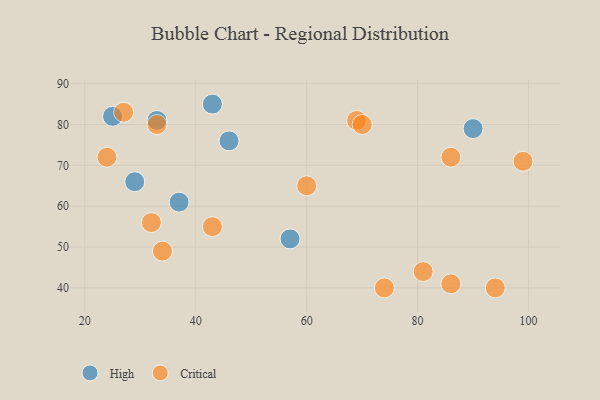
{"axis": {"x": "GDP", "y": "Life Expectancy"}, "legend": ["Critical", "High"], "data": [{"x": "90", "y": 79, "type": "High"}, {"x": "29", "y": 66, "type": "High"}, {"x": "25", "y": 82, "type": "High"}, {"x": "43", "y": 85, "type": "High"}, {"x": "57", "y": 52, "type": "High"}, {"x": "33", "y": 81, "type": "High"}, {"x": "37", "y": 61, "type": "High"}, {"x": "46", "y": 76, "type": "High"}, {"x": "81", "y": 44, "type": "Critical"}, {"x": "33", "y": 80, "type": "Critical"}, {"x": "32", "y": 56, "type": "Critical"}, {"x": "60", "y": 65, "type": "Critical"}, {"x": "24", "y": 72, "type": "Critical"}, {"x": "34", "y": 49, "type": "Critical"}, {"x": "69", "y": 81, "type": "Critical"}, {"x": "70", "y": 80, "type": "Critical"}, {"x": "74", "y": 40, "type": "Critical"}, {"x": "43", "y": 55, "type": "Critical"}, {"x": "86", "y": 41, "type": "Critical"}, {"x": "86", "y": 72, "type": "Critical"}, {"x": "94", "y": 40, "type": "Critical"}, {"x": "99", "y": 71, "type": "Critical"}, {"x": "27", "y": 83, "type": "Critical"}]}